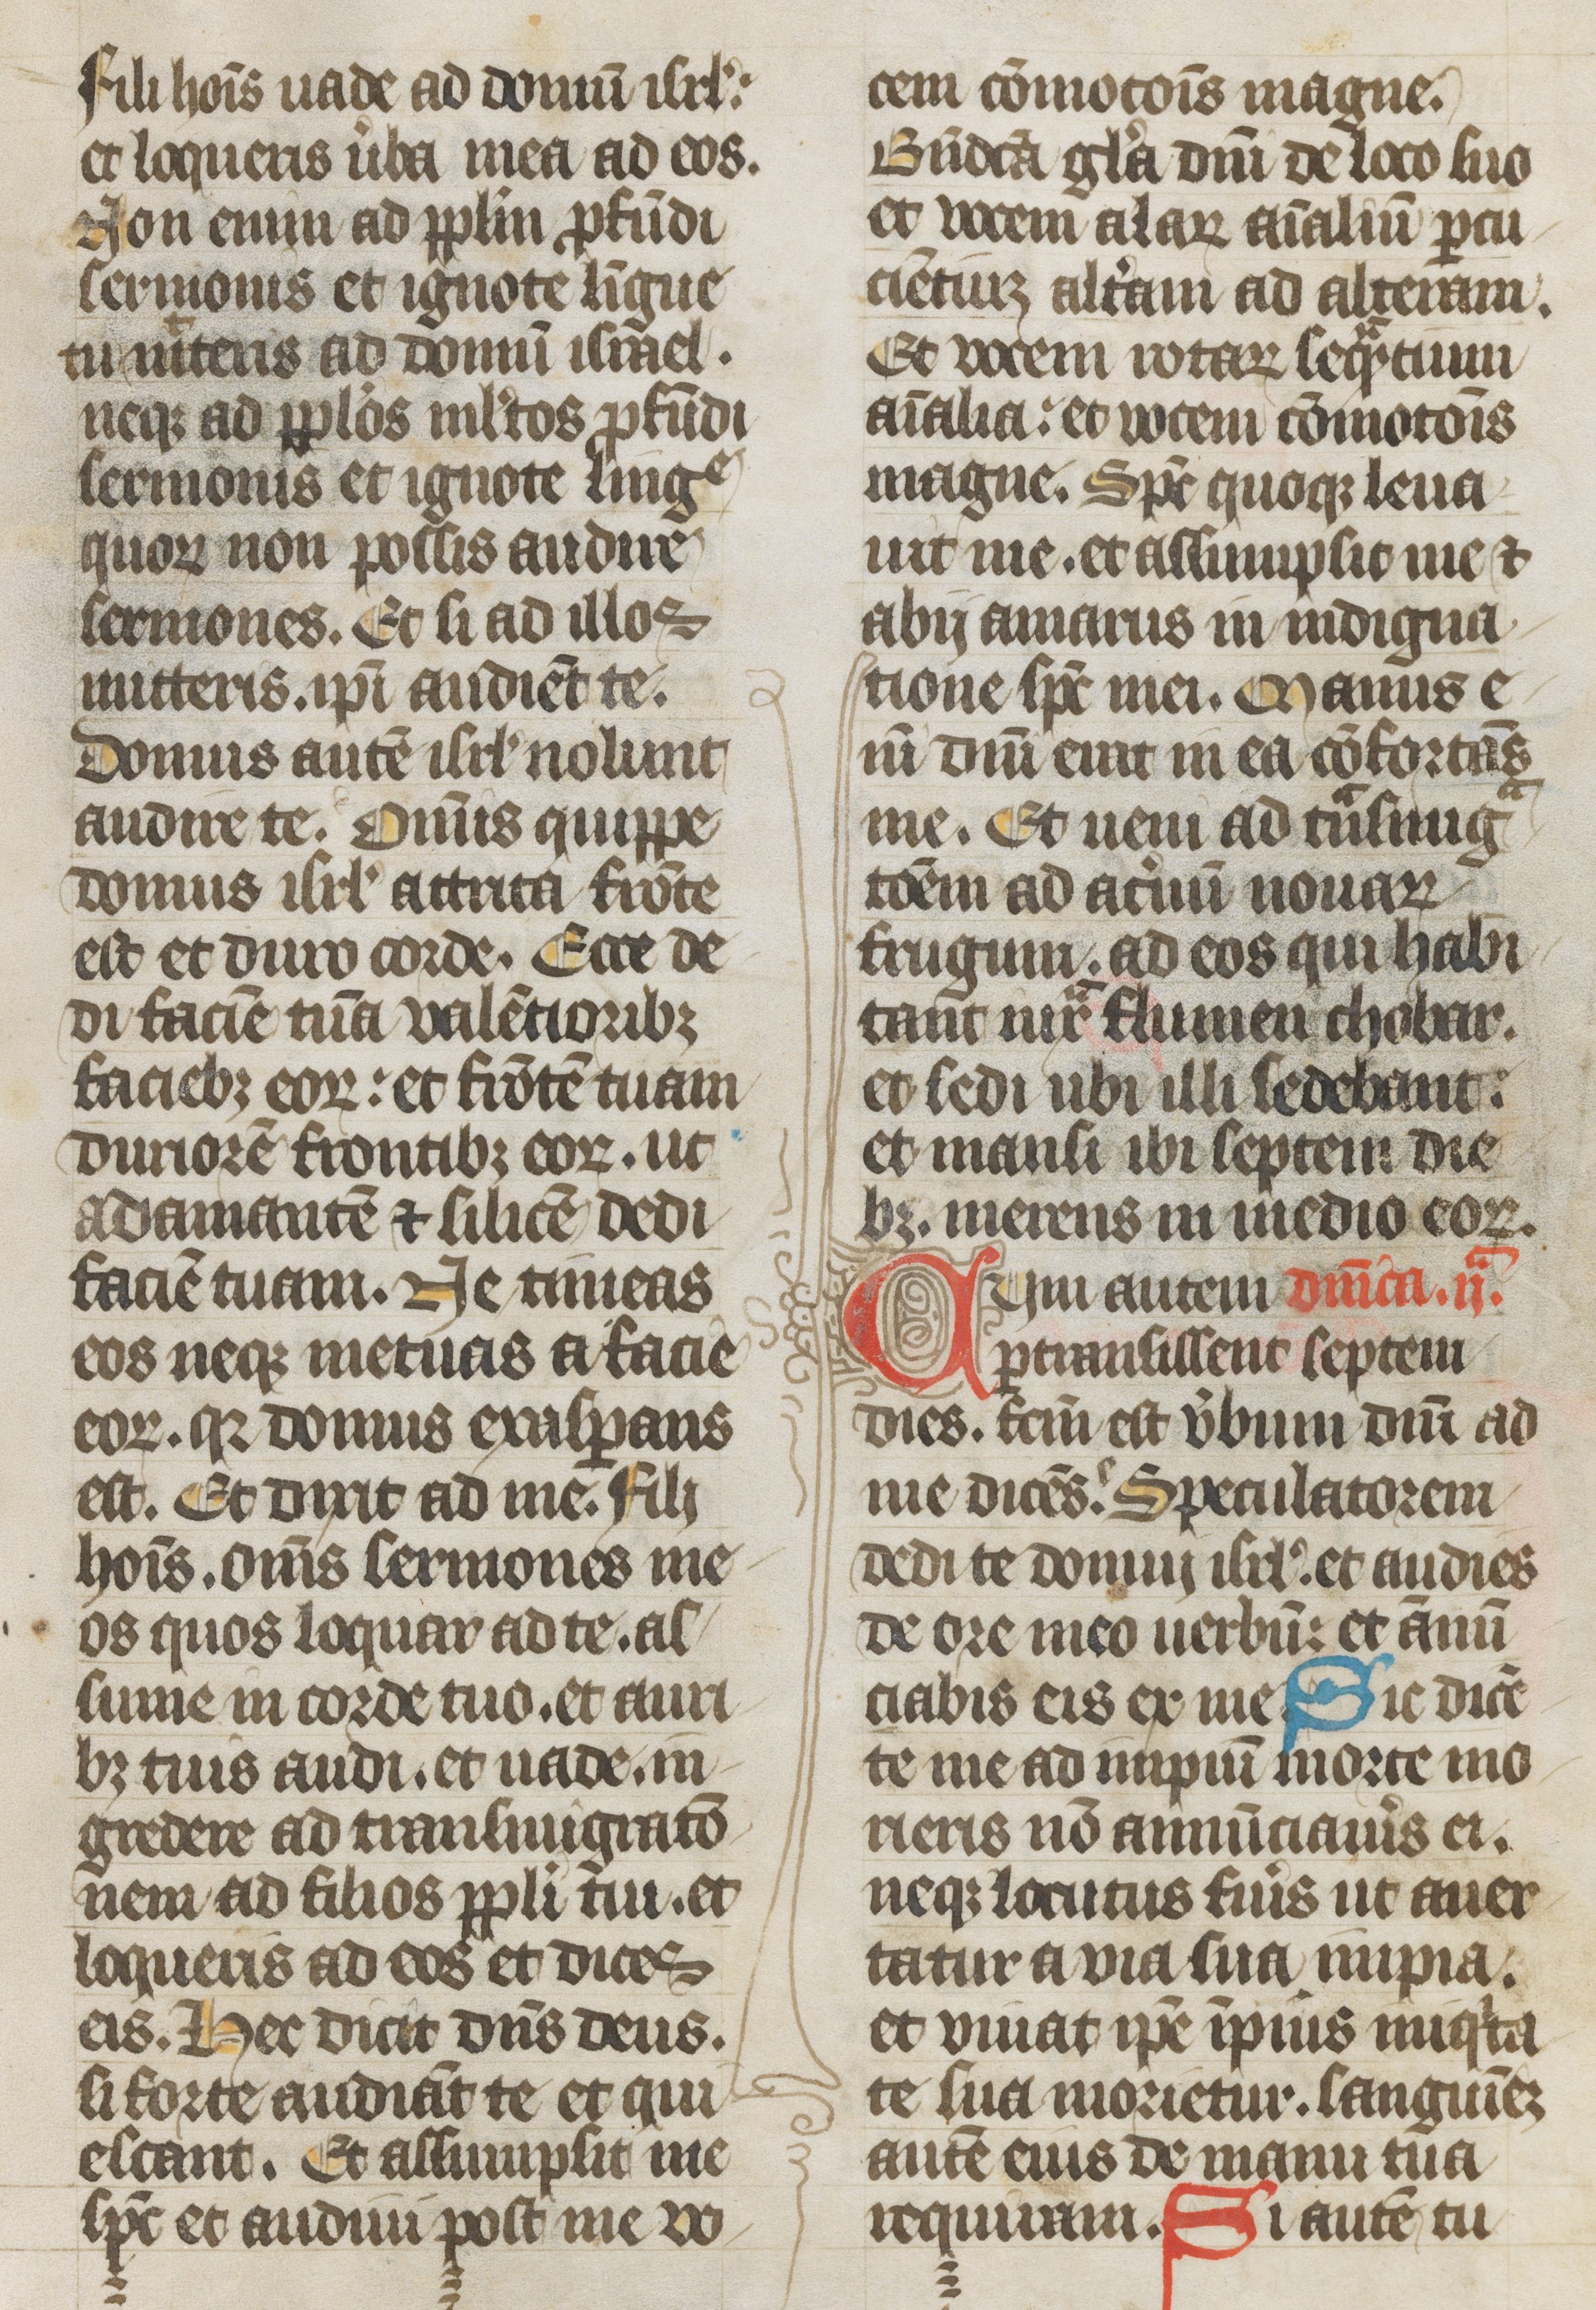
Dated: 1385–1415